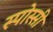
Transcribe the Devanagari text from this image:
स्पोस्सी